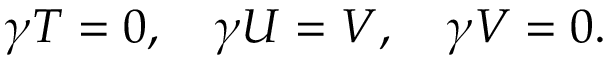
\gamma T = 0 , \quad \gamma U = V , \quad \gamma V = 0 .